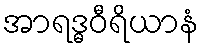
အာရဒ္ဓဝီရိယာနံ